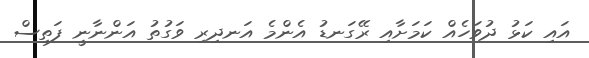
އައި ކަޅު ދުވަހެއް ކަމަށާއި ރޭގަނޑު އެންމެ އަނދިރި ވަގުތު އަންނާނީ ފަތިސް